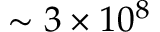
\sim 3 \times 1 0 ^ { 8 }